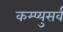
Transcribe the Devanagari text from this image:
कम्प्युसर्व